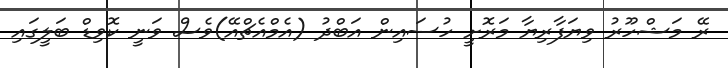
ރޭ މަޝްހޫރު ވިޔަފާރިޔާ މަރޮށީ ހުސައިން އަބްދު (އެމްއެޗްއޭ)ވެސް ވަނީ ކޮވިޑް ބަލީގައި